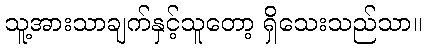
သူ့အားသာချက်နှင့်သူတော့ ရှိသေးသည်သာ။